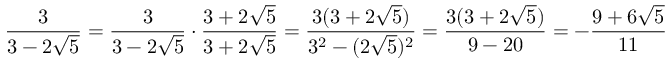
{ \frac { 3 } { 3 - 2 { \sqrt { 5 } } } } = { \frac { 3 } { 3 - 2 { \sqrt { 5 } } } } \cdot { \frac { 3 + 2 { \sqrt { 5 } } } { 3 + 2 { \sqrt { 5 } } } } = { \frac { 3 ( 3 + 2 { \sqrt { 5 } } ) } { { 3 } ^ { 2 } - ( 2 { \sqrt { 5 } } ) ^ { 2 } } } = { \frac { 3 ( 3 + 2 { \sqrt { 5 } } ) } { 9 - 2 0 } } = - { \frac { 9 + 6 { \sqrt { 5 } } } { 1 1 } }